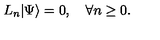
L _ { n } | \Psi \rangle = 0 , \quad \forall n \ge 0 .